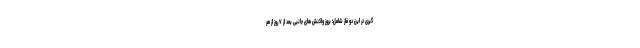
گیری در این دو فاز شامل؛ بروز واکنش های جانبی بعد از ۷ روز از هر